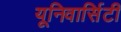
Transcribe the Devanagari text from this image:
यूनिवार्सिटी